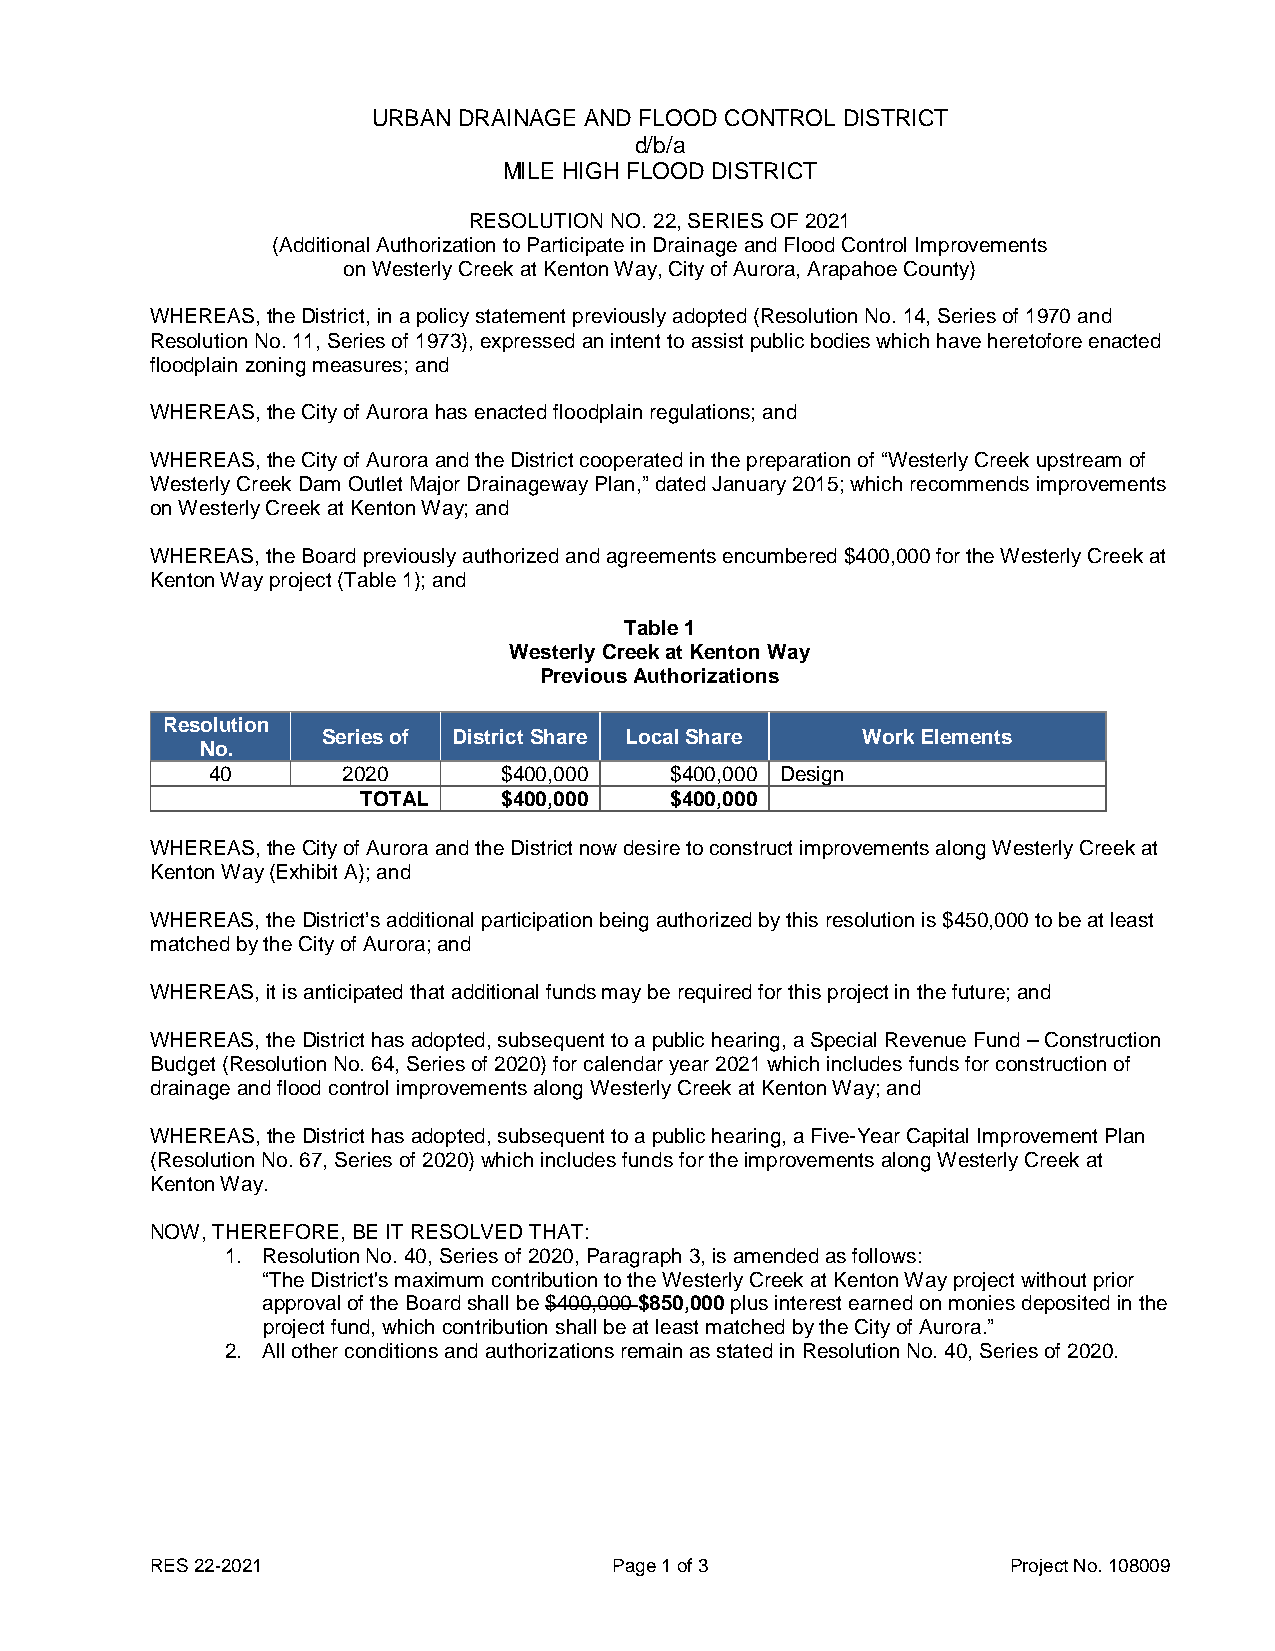
URBAN DRAINAGE AND FLOOD CONTROL DISTRICT
 d/b/a
 MILE HIGH FLOOD DISTRICT
 RESOLUTION NO. 22, SERIES OF 2021
 (Additional Authorization to Participate in Drainage and Flood Control Improvements
 on Westerly Creek at Kenton Way, City of Aurora, Arapahoe County)
 WHEREAS, the District, in a policy statement previously adopted (Resolution No. 14, Series of 1970 and
 Resolution No. 11, Series of 1973), expressed an intent to assist public bodies which have heretofore enacted
 floodplain zoning measures; and
 WHEREAS, the City of Aurora has enacted floodplain regulations; and
 WHEREAS, the City of Aurora and the District cooperated in the preparation of “Westerly Creek upstream of
 Westerly Creek Dam Outlet Major Drainageway Plan,” dated January 2015; which recommends improvements
 on Westerly Creek at Kenton Way; and
 WHEREAS, the Board previously authorized and agreements encumbered $400,000 for the Westerly Creek at
 Kenton Way project (Table 1); and
 Table 1
 Westerly Creek at Kenton Way
 Previous Authorizations
 Resolution
 Series of District Share Local Share Work Elements
 No.
 40       2020      $400,000   $400,000 Design
 TOTAL    $400,000   $400,000
 WHEREAS, the City of Aurora and the District now desire to construct improvements along Westerly Creek at
 Kenton Way (Exhibit A); and
 WHEREAS, the District’s additional participation being authorized by this resolution is $450,000 to be at least
 matched by the City of Aurora; and
 WHEREAS, it is anticipated that additional funds may be required for this project in the future; and
 WHEREAS, the District has adopted, subsequent to a public hearing, a Special Revenue Fund – Construction
 Budget (Resolution No. 64, Series of 2020) for calendar year 2021 which includes funds for construction of
 drainage and flood control improvements along Westerly Creek at Kenton Way; and
 WHEREAS, the District has adopted, subsequent to a public hearing, a Five-Year Capital Improvement Plan
 (Resolution No. 67, Series of 2020) which includes funds for the improvements along Westerly Creek at
 Kenton Way.
 NOW, THEREFORE, BE IT RESOLVED THAT:
 1. Resolution No. 40, Series of 2020, Paragraph 3, is amended as follows:
 “The District's maximum contribution to the Westerly Creek at Kenton Way project without prior
 approval of the Board shall be $400,000 $850,000 plus interest earned on monies deposited in the
 project fund, which contribution shall be at least matched by the City of Aurora.”
 2. All other conditions and authorizations remain as stated in Resolution No. 40, Series of 2020.
 RES 22-2021                    Page 1 of 3               Project No. 108009